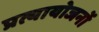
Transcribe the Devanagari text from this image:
प्रत्यायोजनों